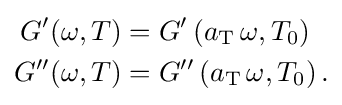
{\begin{aligned}G'(\omega ,T)&=G'\left(a_{\rm {T}}\,\omega ,T_{0}\right)\\G''(\omega ,T)&=G''\left(a_{\rm {T}}\,\omega ,T_{0}\right).\end{aligned}}